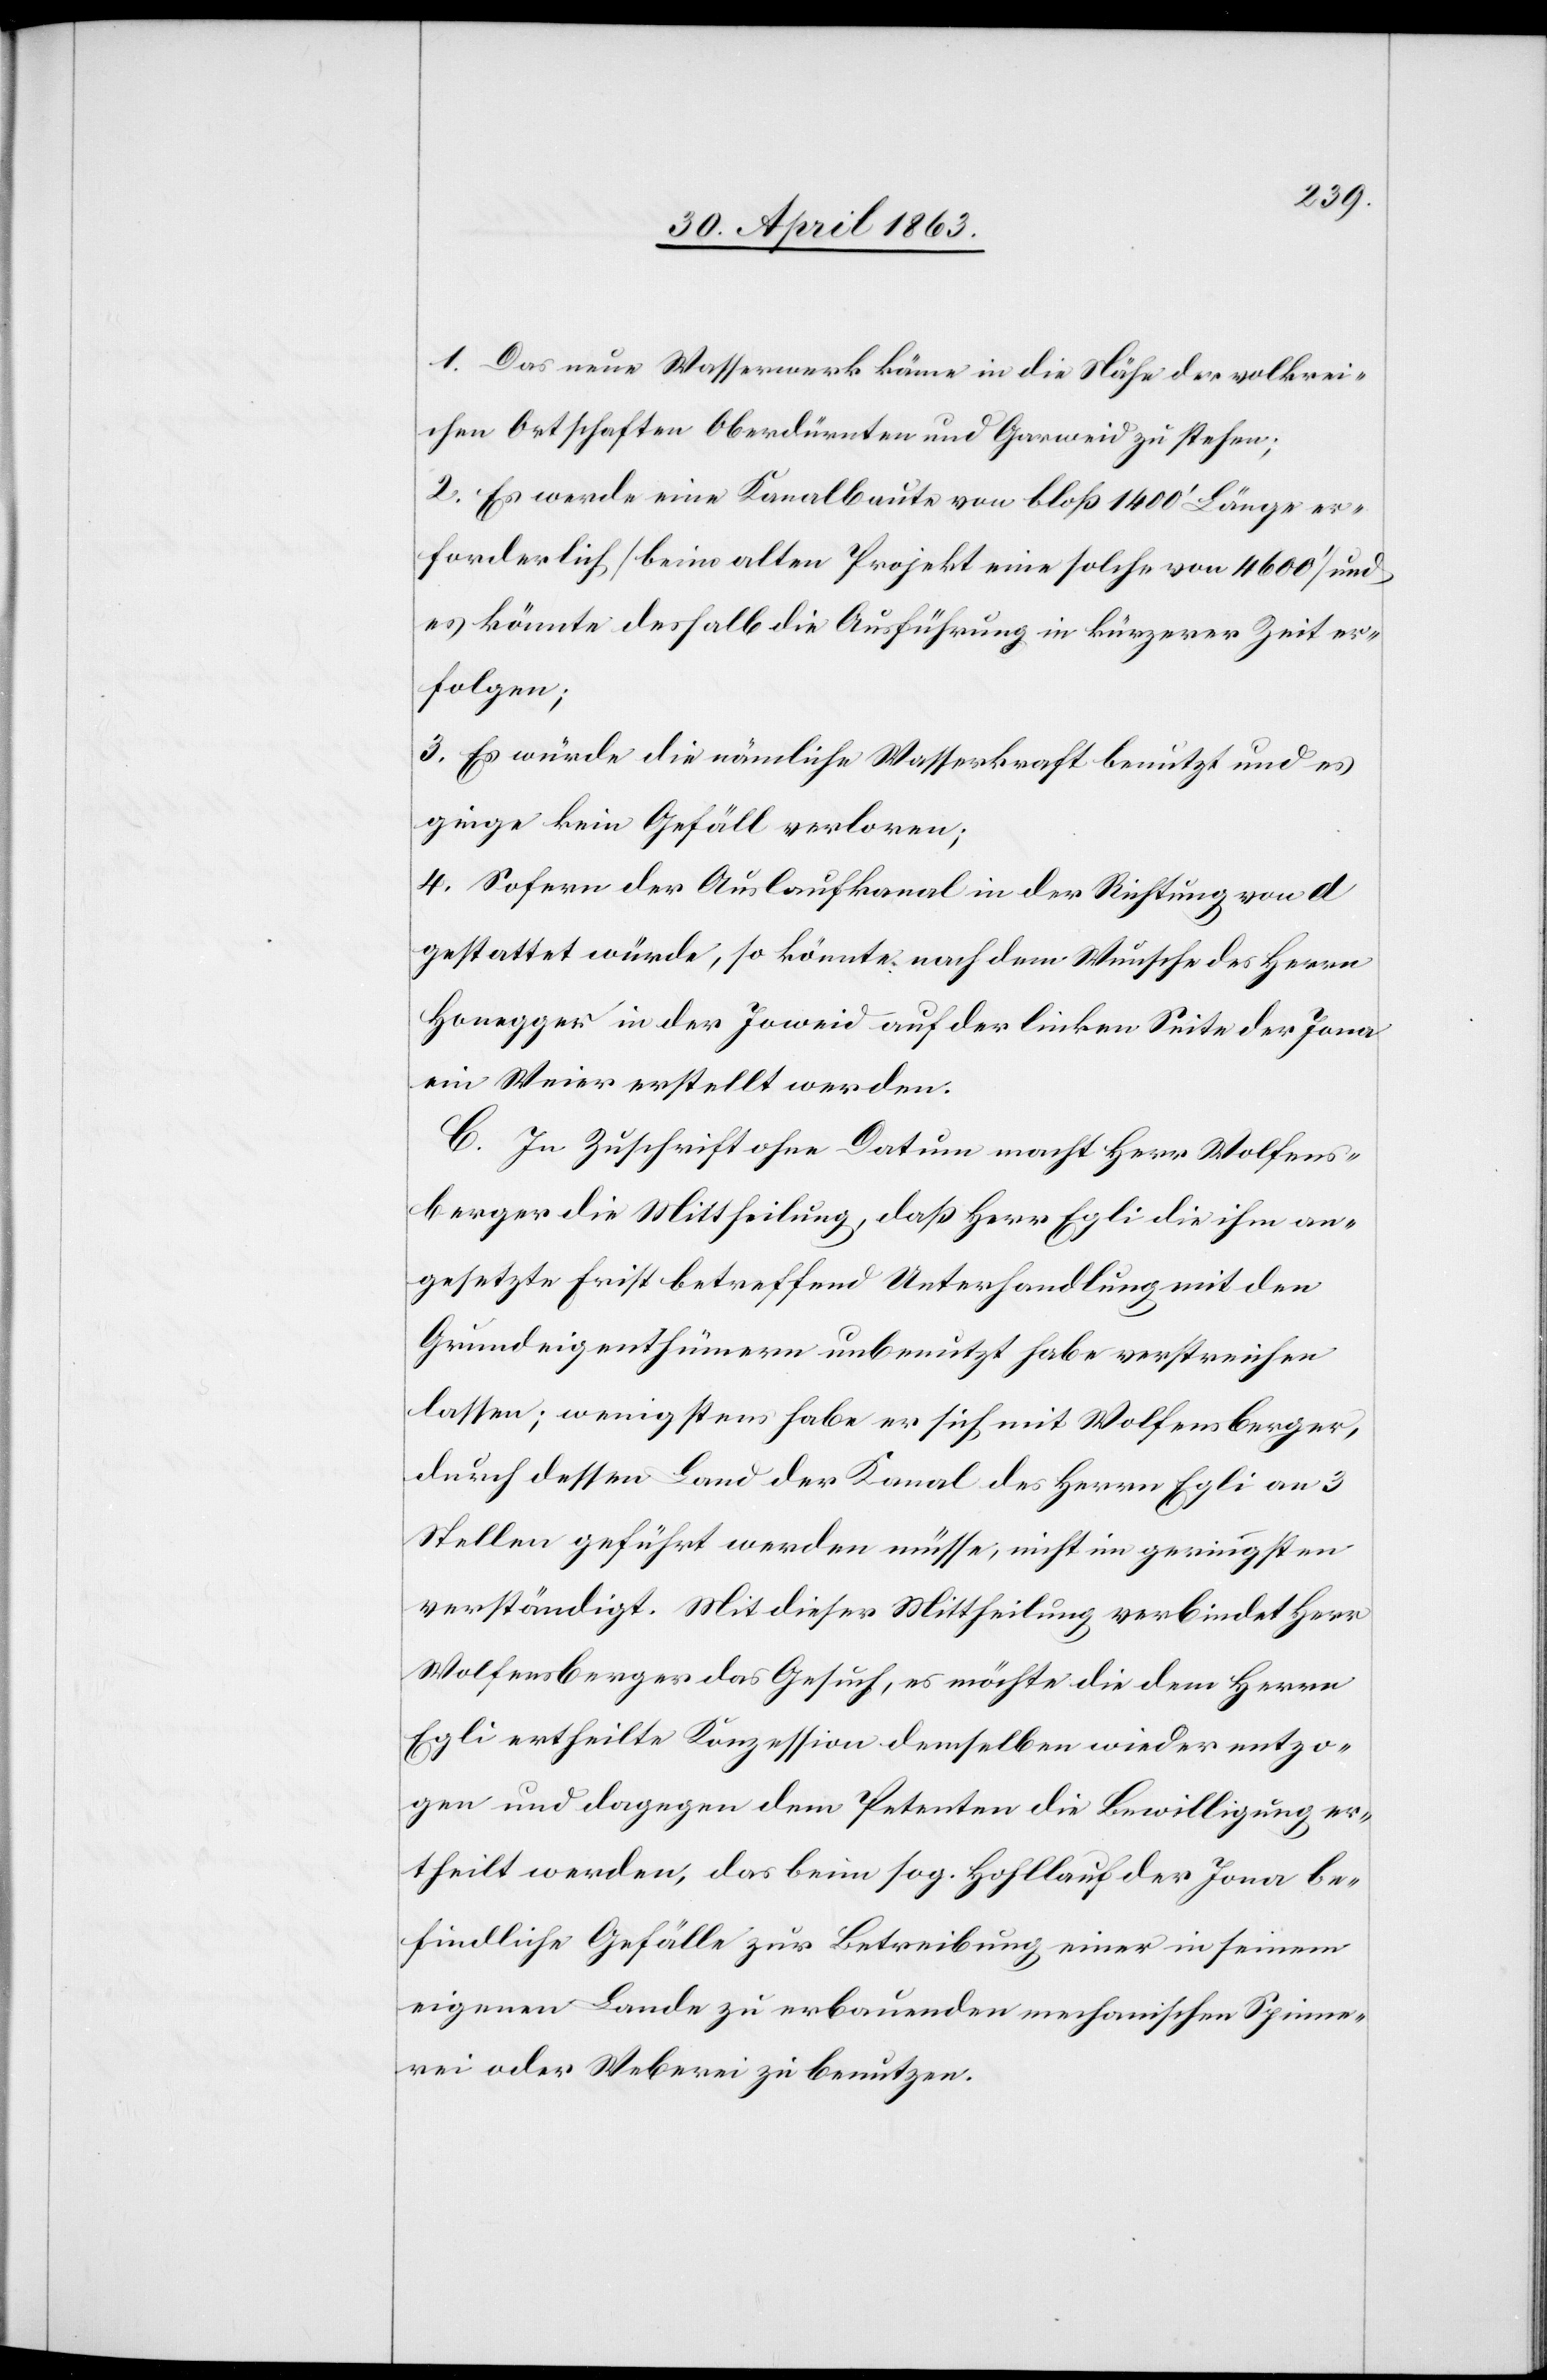
1. Das neue Wasserwerk käme in die Nähe der volkrei¬
chen Ortschaften Oberdürnten und Garweid zu stehen;
2. Es werde eine Kanalbaute von bloß 1400' Länge er¬
forderlich (beim alten Projekt eine solche von 4600') und
es könnte deshalb die Ausführung in kürzerer Zeit er¬
folgen;
3. Es würde die nämliche Wasserkraft benutzt und es
ginge kein Gefälle verloren;
4. Sofern der Auslaufkanal in der Richtung von d
gestattet würde, so könnte nach dem Wunsche des Herrn
Honegger in der Joweid auf der linken Seite der Jona
ein Weier erstellt werden.
C. In Zuschrift ohne Datum macht Herr Wolfens¬
berger die Mittheilung, daß Herr Egli die ihm an¬
gesetzte Frist betreffend Unterhandlung mit den
Grundeigenthümern unbenutzt habe verstreichen
lassen; wenigstens habe er sich mit Wolfensberger,
durch dessen Land der Kanal des Herrn Egli an 3
Stellen geführt werden müsse, nicht im geringsten
verständigt. Mit dieser Mittheilung verbindet Herr
Wolfensberger das Gesuch, es möchte die dem Herrn
Egli ertheilte Konzession demselben wieder entzo¬
gen und dagegen dem Petenten die Bewilligung er¬
theilt werden, das beim sog. Hohllauf der Jona be¬
findliche Gefälle zur Betreibung einer in seinem
eigenen Lande zu erbauenden mechanischen Spinne¬
rei oder Weberei zu benutzen.